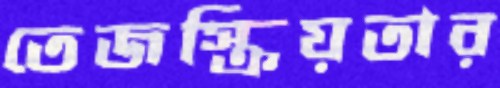
তেজস্ক্রিয়তার